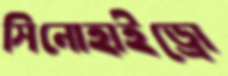
সিনোহাইড্রো